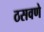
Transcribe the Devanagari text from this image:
ठसवणे